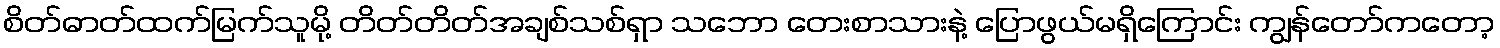
စိတ်ဓာတ်ထက်မြက်သူမို့ တိတ်တိတ်အချစ်သစ်ရှာ သဘော တေးစာသားနဲ့ ပြောဖွယ်မရှိကြောင်း ကျွန်တော်ကတော့